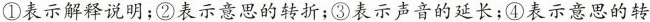
①表示解释说明；②表示意思的转折；③表示声音的延长；④表示意思的转